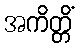
အကိတ္တိံ